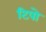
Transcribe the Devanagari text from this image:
टिपो